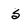
Character: 5